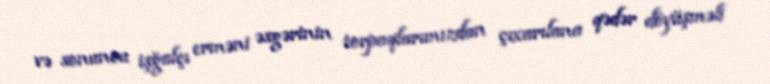
və sonuncu işğalçı erməni əsgərinin torpaqlarımızdan çıxarılana qədər döyüşməli